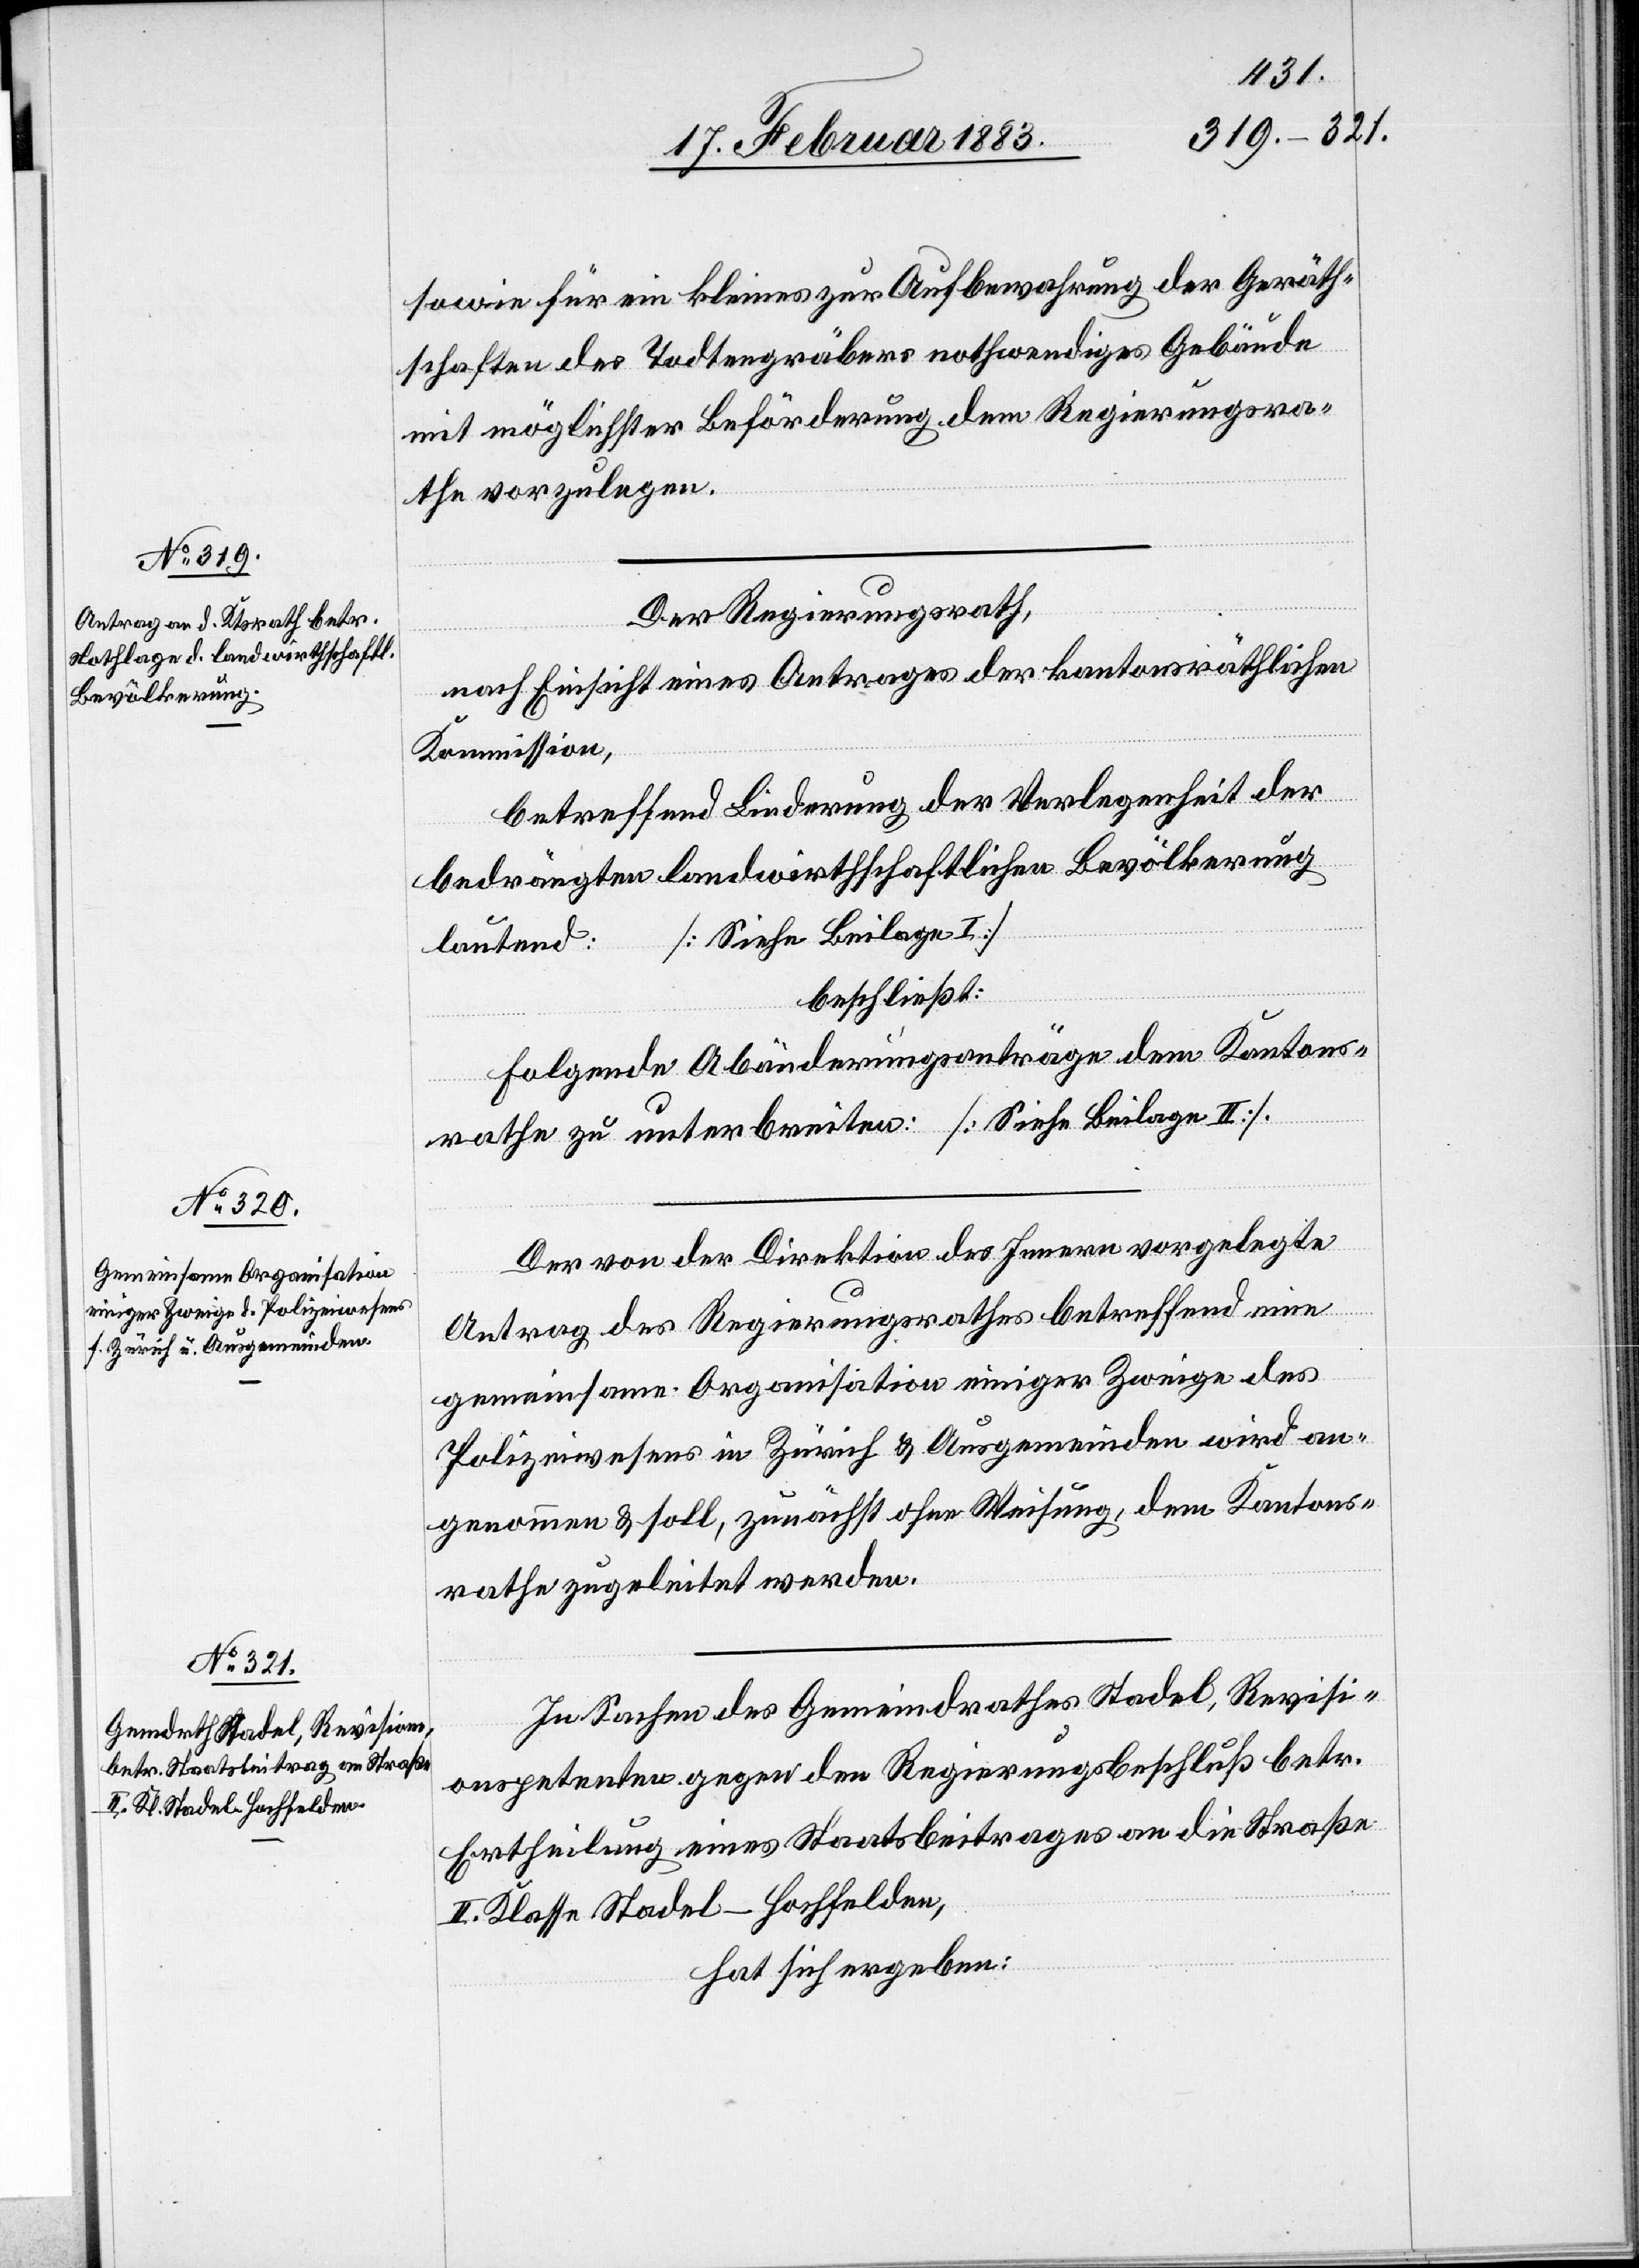
sowie für ein kleines zur Aufbewahrung der Geräth¬
schaften des Todtengräbers nothwendiges Gebäude
mit möglichster Beförderung dem Regierungsra¬
the vorzulegen.
Der Regierungsrath,
nach Einsicht eines Antrages der kantonsräthlichen
Kommission,
betreffend Linderung der Verlegenheit der
bedrängten landwirthschaftlichen Bevölkerung
[Siehe Beilage I]
lautend:
beschließt:
Folgende Abänderungsanträge dem Kantons¬
rathe zu unterbreiten: [Siehe Beilage II].
Der von der Direktion des Innern vorgelegte
Antrag des Regierungsrathes betreffend eine
gemeinsame Organisation einiger Zweige des
Polizeiwesens in Zürich & Ausgemeinden wird an¬
genommen & soll, zunächst ohne Weisung, dem Kantons¬
rathe zugeleitet werden.
In Sachen des Gemeindrathes Stadel, Revisi¬
onspetenten gegen den Regierungsbeschluß betr.
Ertheilung eines Staatsbeitrages an die Straße
II. Klasse Stadel–Hochfelden,
hat sich ergeben: